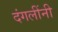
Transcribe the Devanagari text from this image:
दंगलींनी